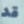
قد